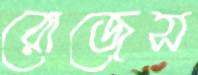
রোজেস